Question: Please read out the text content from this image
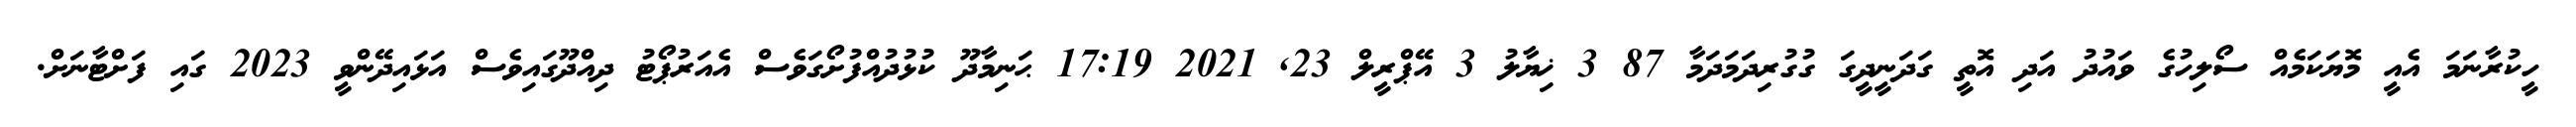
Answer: ހީކުރާނަމަ އެއީ މޮޔަކަމެއް ސޯލިހުގެ ވައުދު އަދި އޮތީ ގަދަނީދީގަ ގުގުރިދަމަދަމާ 87 3 ޚިޔާލު 3 އޭޕްރީލް 23, 2021 17:19 ޙަނިމާދޫ ކުޅުދުއްފުށޯގަވެސް އެއަރުޕޯޓު ދިއްދޫގައިވެސް އަޅައިދޭންވީ 2023 ގައި ފަށްޓާނަށް.